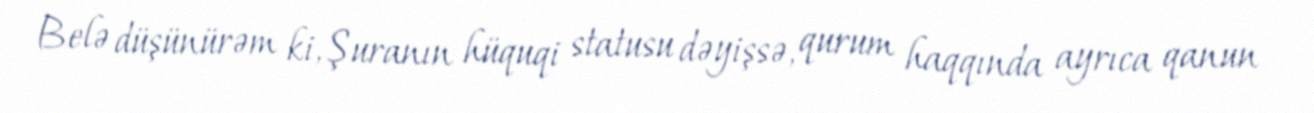
Belə düşünürəm ki, Şuranın hüquqi statusu dəyişsə, qurum haqqında ayrıca qanun